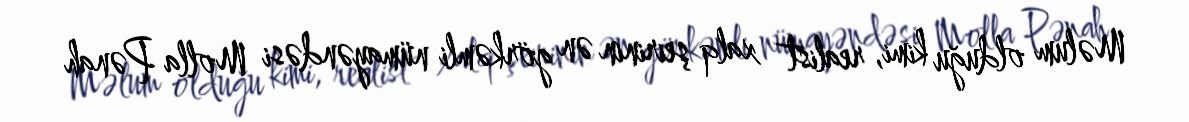
Məlum olduğu kimi, realist xalq şeirinin ən görkəmli nümayəndəsi Molla Pənah